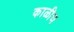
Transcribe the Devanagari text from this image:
काळीच